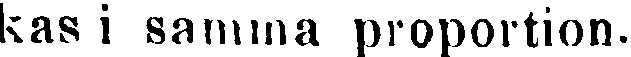
kas i samma proportion.